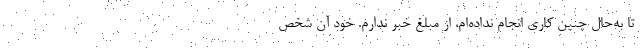
تا به‌حال چنین کاری انجام نداده‌ام، از مبلغ خبر ندارم. خود آن شخص